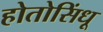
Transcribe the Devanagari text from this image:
होतोसिंधू